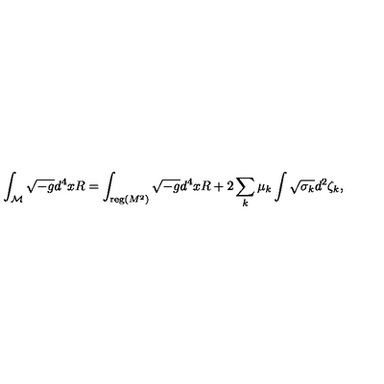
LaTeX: \int _ { \cal M } \sqrt { - g } d ^ { 4 } x R = \int _ { { \mathrm { \small { r e g } } } ( M ^ { 2 } ) } \sqrt { - g } d ^ { 4 } x R + 2 \sum _ { k } \mu _ { k } \int \sqrt { \sigma _ { k } } d ^ { 2 } \zeta _ { k } ,